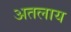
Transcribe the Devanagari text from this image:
अतलाय